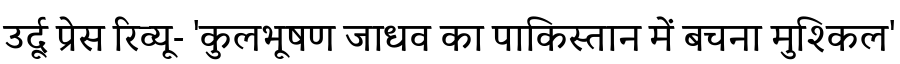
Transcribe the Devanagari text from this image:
उर्दू प्रेस रिव्यू- 'कुलभूषण जाधव का पाकिस्तान में बचना मुश्किल'